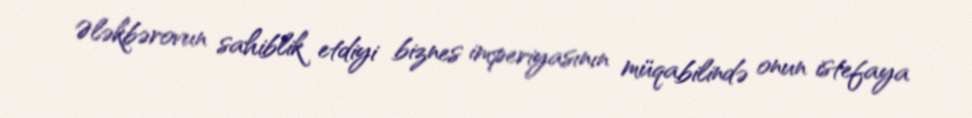
Ələkbərovun sahiblik etdiyi biznes imperiyasının müqabilində onun istefaya